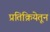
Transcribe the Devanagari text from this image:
प्रतिक्रियेतून